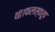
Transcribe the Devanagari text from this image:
था।फलस्वरूप